Indian journal of veterinary science and animal husbandry - Volume 14,
Year: 1944
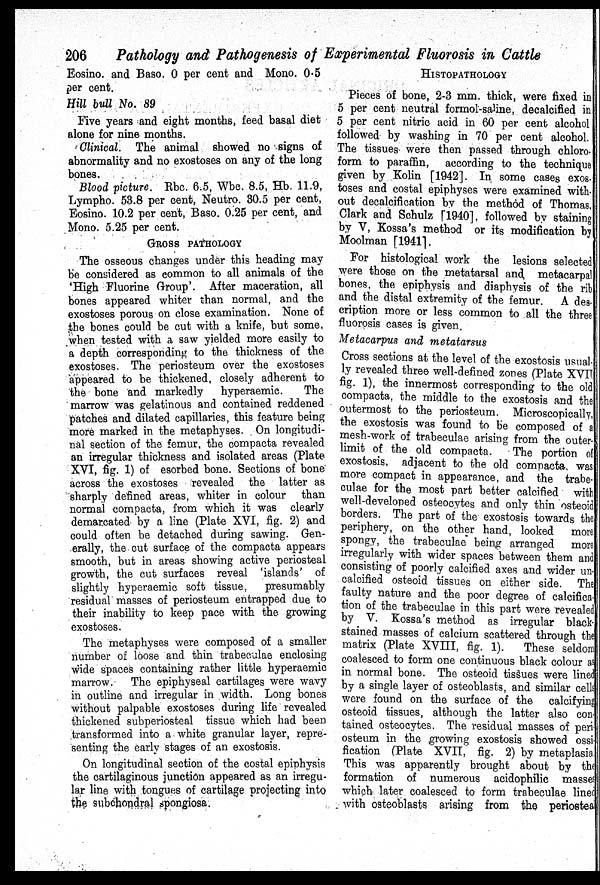
206
Pathology and Pathogenesis of Experimental Fluorosis in Cattle
Eosino. and Baso. 0 per cent and Mono. 0.5
per cent.
Hill bull No. 89
Five years and eight months, feed basal diet
alone for nine months.
Clinical. The animal showed no signs of
abnormality and no exostoses on any of the long
bones.
Blood picture. Rbc. 6.5, Wbc. 8.5, Hb. 11.9,
Lympho. 53.8 per cent, Neutro. 30.5 per cent,
Eosino. 10.2 per cent, Baso. 0.25 per cent, and
Mono. 5.25 per cent.
GROSS PATHOLOGY
The osseous changes under this heading may
be considered as common to all animals of the
'High Fluorine Group'. After maceration, all
bones appeared whiter than normal, and the
exostoses porous on close examination. None of
the bones could be cut with a knife, but some,
when tested with a saw yielded more easily to
a depth corresponding to the thickness of the
exostoses. The periosteum over the exostoses
appeared to be thickened, closely adherent to
the bone and markedly
hyperaemic.
The
marrow was gelatinous and contained reddened
patches and dilated capillaries, this feature being
more marked in the metaphyses. On longitudi-
nal section of the femur, the compacta revealed
an irregular thickness and isolated areas (Plate
XVI, fig. 1) of esorbed bone. Sections of bone
across the exostoses revealed the latter as
sharply defined areas, whiter in colour than
normal compacta, from which it was clearly
demarcated by a line (Plate XVI, fig. 2) and
could often be detached during sawing. Gen-
erally, the cut surface of the compacta appears
smooth, but in areas showing active periosteal
growth, the cut surfaces reveal 'islands' of
slightly hyperaemic soft tissue,
presumably
residual masses of periosteum entrapped due to
their inability to keep pace with the growing
exostoses.
The metaphyses were composed of a smaller
number of loose and thin trabeculae enclosing
wide spaces containing rather little hyperaemic
marrow.
The epiphyseal cartilages were wavy
in outline and irregular in width. Long bones
without palpable exostoses during life revealed
thickened subperiosteal tissue which had been
transformed into a white granular layer, repre-
senting the early stages of an exostosis.
On longitudinal section of the costal epiphysis
the cartilaginous junction appeared as an irregu-
lar line with tongues of cartilage projecting into
the subchondral spongiosa.
HISTOPATHOLOGY
Pieces of bone, 2-3 mm. thick, were fixed in
5 per cent neutral formol-saline, decalcified in
5 per cent nitric acid in 60 per cent alcohol
followed by washing in 70 per cent alcohol.
The tissues were then passed through chloro-
form to paraffin,
according to the technique
given by Kolin [1942]. In some cases exos-
toses and costal epiphyses were examined with-
out decalcification by the method of Thomas,
Clark and Schulz [1940], followed by staining
by V, Kossa's method or its modification by
Moolman [1941].
For histological work the lesions selected
were those on the metatarsal and metacarpal
bones, the epiphysis and diaphysis of the rib
and the distal extremity of the femur.
A des-
cription more or less common to all the three
fluorosis cases is given.
Metacarpus and metatarsus
Cross sections at the level of the exostosis usual-
ly revealed three well-defined zones (Plate XVII
fig. 1), the innermost corresponding to the old
compacta, the middle to the exostosis and the
outermost to the periosteum. Microscopically,
the exostosis was found to be composed of a
mesh-work of trabeculae arising from the outer-
limit of the old compacta.
The portion of
exostosis, adjacent to the old compacta, was
more compact in appearance, and the trabe-
culae for the most part better calcified with
well-developed osteocytes and only thin osteoid
borders. The part of the exostosis towards the
periphery, on the other hand, looked more
spongy, the trabeculae being arranged more
irregularly with wider spaces between them and
consisting of poorly calcified axes and wider un-
calcified osteoid tissues on either side. The
faulty nature and the poor degree of calcifica-
tion of the trabeculae in this part were revealed
by V. Kossa's method as irregular black-
stained masses of calcium scattered through the
matrix (Plate XVIII, fig. 1).
These seldom
coalesced to form one continuous black colour as
in normal bone. The osteoid tissues were lined
by a single layer of osteoblasts, and similar cells
were found on the surface of the
calcifying
osteoid tissues, although the latter also con-
tained osteocytes. The residual masses of peri-
osteum in the growing exostosis showed ossi-
fication (Plate XVII, fig. 2) by metaplasia
This was apparently brought about by the
formation of numerous acidophilic masses
which later coalesced to form trabeculae lined
with osteoblasts arising from the periosteal